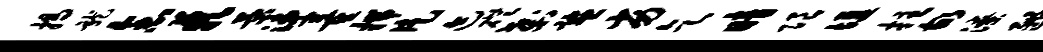
揭龙念蔌菊涕董揣片迹磴刹监劣乞暗限堰拄故潦豳